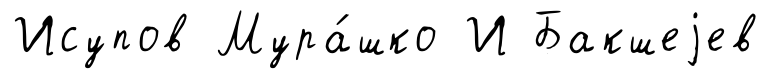
Исупов Мура́шко И Бакшеjев